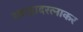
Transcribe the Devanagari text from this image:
स्वाद्वादरत्नाकर